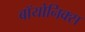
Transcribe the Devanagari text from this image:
बॉयोनिक्स